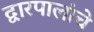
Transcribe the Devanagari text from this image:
द्वारपालांचे